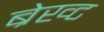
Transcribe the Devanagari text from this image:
ब्रेख्ट